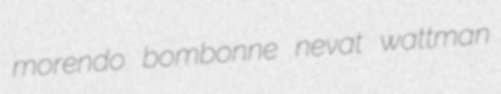
morendo bombonne nevat wattman